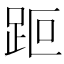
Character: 𧿽